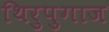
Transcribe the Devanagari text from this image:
थिरुपुगाज